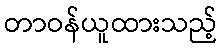
တာဝန်ယူထားသည့်